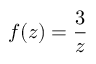
f ( z ) = { \frac { 3 } { z } }